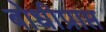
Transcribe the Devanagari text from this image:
बोधीप्राप्त